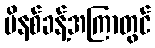
မိနစ်ခန့်အကြာတွင်